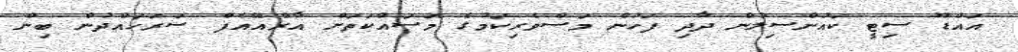
އައްޑޫ ސިޓީ ކައުންސިލުން ދާދި ފަހުން މަސްވެރިކަމުގެ މަސައްކަތަށް އާރްއޭއެފް ސަރަހައްދުން ބިން